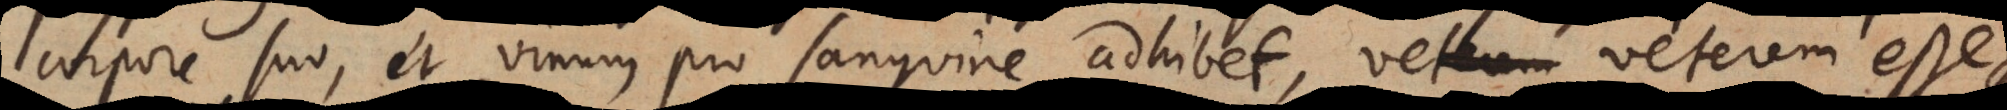
corpore suo, et vinum pro sanguine adhibet, veterem